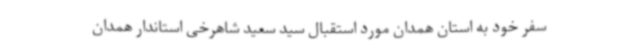
سفر خود به استان همدان مورد استقبال سید سعید شاهرخی استاندار همدان